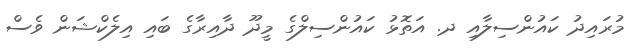
މުރައިދު ކައުންސިލާއި ދ. އަތޮޅު ކައުންސިލްގެ މީދޫ ދާއިރާގެ ބައި އިލެކްޝަން ވެސް